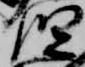
児